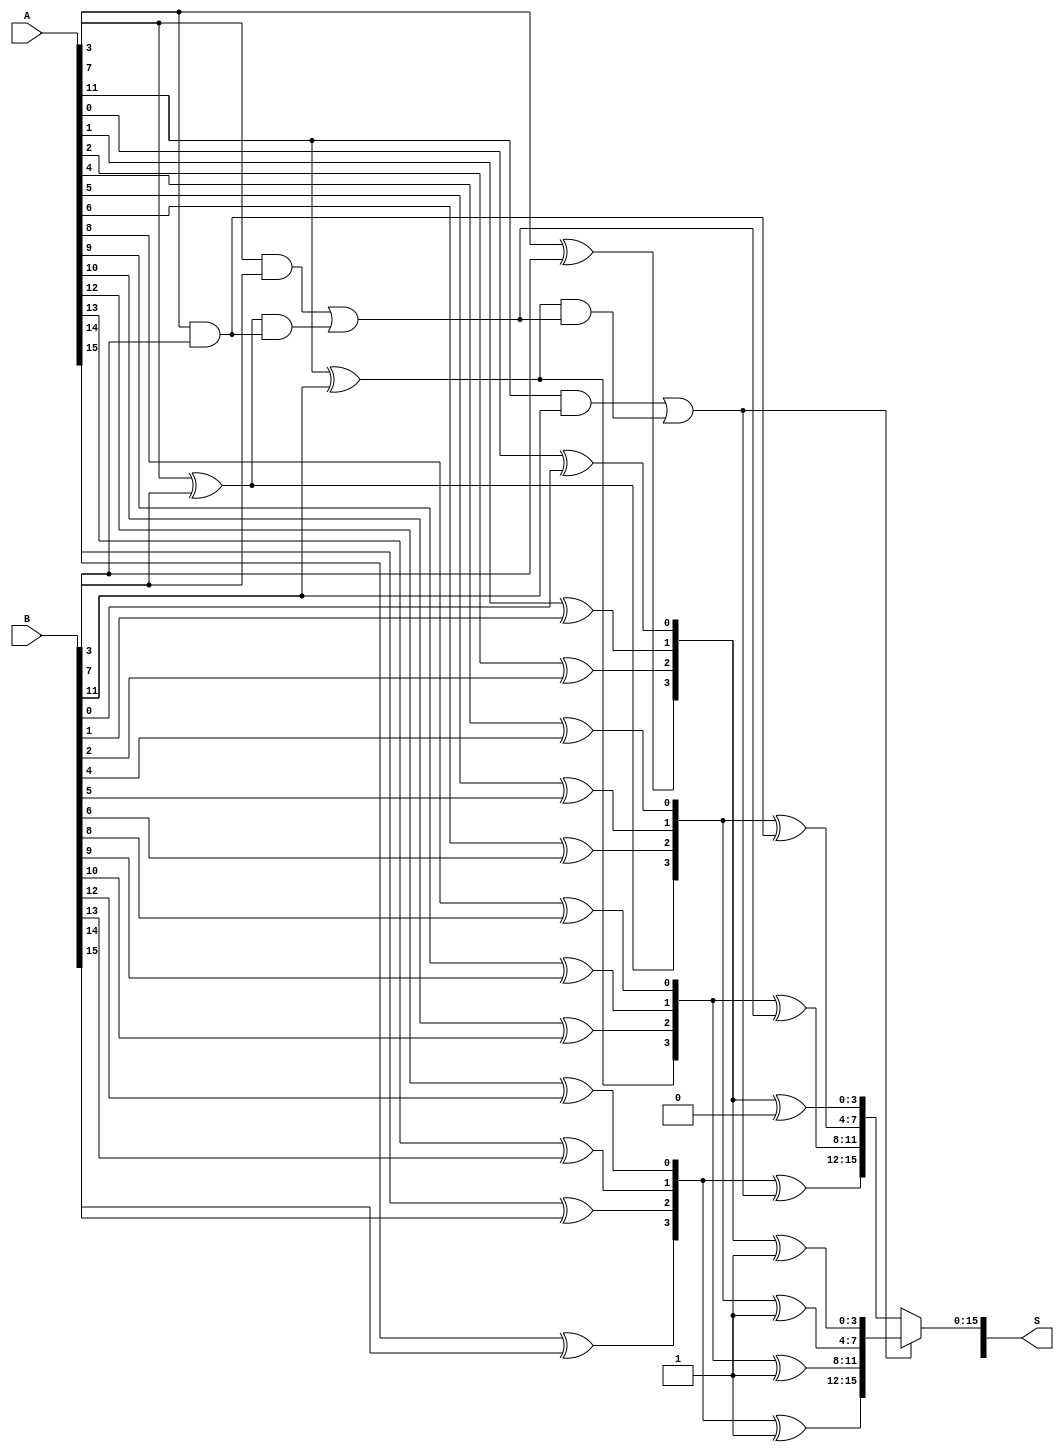
module han_carlson_adder #(parameter N = 16) (
    input  [N-1:0] A,
    input  [N-1:0] B,
    output [N:0]   S
);

    // Number of bits in each group
    localparam GROUP_SIZE = 4;
    localparam NUM_GROUPS = N / GROUP_SIZE;

    // Intermediate carry and sum signals
    wire [NUM_GROUPS:0] carry;
    wire [N-1:0] sum[0:1]; // sum[0]: carry-in = 0, sum[1]: carry-in = 1

    // Generate and propagate signals for each group
    wire [GROUP_SIZE-1:0] G[0:NUM_GROUPS-1]; // Generate
    wire [GROUP_SIZE-1:0] P[0:NUM_GROUPS-1]; // Propagate

    genvar i, j;
    generate
        for (i = 0; i < NUM_GROUPS; i = i + 1) begin : group
            // Generate and propagate logic
            for (j = 0; j < GROUP_SIZE; j = j + 1) begin : bit
                assign G[i][j] = A[i*GROUP_SIZE + j] & B[i*GROUP_SIZE + j]; // Generate
                assign P[i][j] = A[i*GROUP_SIZE + j] ^ B[i*GROUP_SIZE + j]; // Propagate
            end

            // Carry generation
            if (i == 0) begin
                assign carry[i] = 1'b0; // Initial carry-in
            end else begin
                assign carry[i] = G[i-1][GROUP_SIZE-1] | (P[i-1][GROUP_SIZE-1] & carry[i-1]);
            end
            
            // Sum calculation for both carry-in cases
            assign sum[0][i*GROUP_SIZE +: GROUP_SIZE] = P[i] ^ carry[i];
            assign sum[1][i*GROUP_SIZE +: GROUP_SIZE] = P[i] ^ 1'b1; // Assume carry-in = 1
        end
    endgenerate

    // Final sum selection based on carry
    assign S[N-1:0] = (carry[NUM_GROUPS-1]) ? sum[1] : sum[0];
    assign S[N] = carry[NUM_GROUPS]; // Final carry-out

endmodule